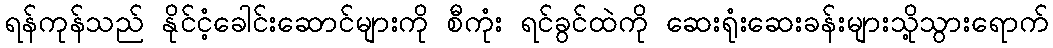
ရန်ကုန်သည် နိုင်ငံ့ခေါင်းဆောင်များကို စီကုံး ရင်ခွင်ထဲကို ဆေးရုံးဆေးခန်းများသို့သွားရောက်